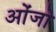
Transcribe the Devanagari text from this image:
ओंजो